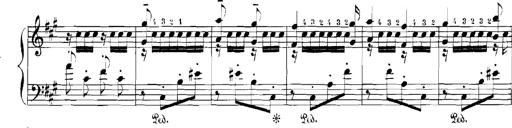
Title: Rhapsodies hongroises
Composer: Franz Liszt